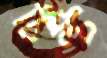
টিল্ট